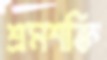
শ্রমশক্তি